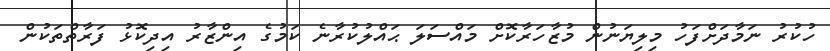
ހުކުރު ނަމާދަށްފަހު މިލިޔަނުން މުޒާހަރާކޮށް މައްސަލަ ޙައްލުކުރާނެ ކަމުގެ އިންޒާރު އިދިކޮޅު ފަރާތްތަކުން